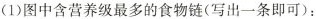
(1)图中含营养级最多的食物链(写出一条即可)：